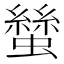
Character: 𧑿